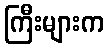
ကြီးများက